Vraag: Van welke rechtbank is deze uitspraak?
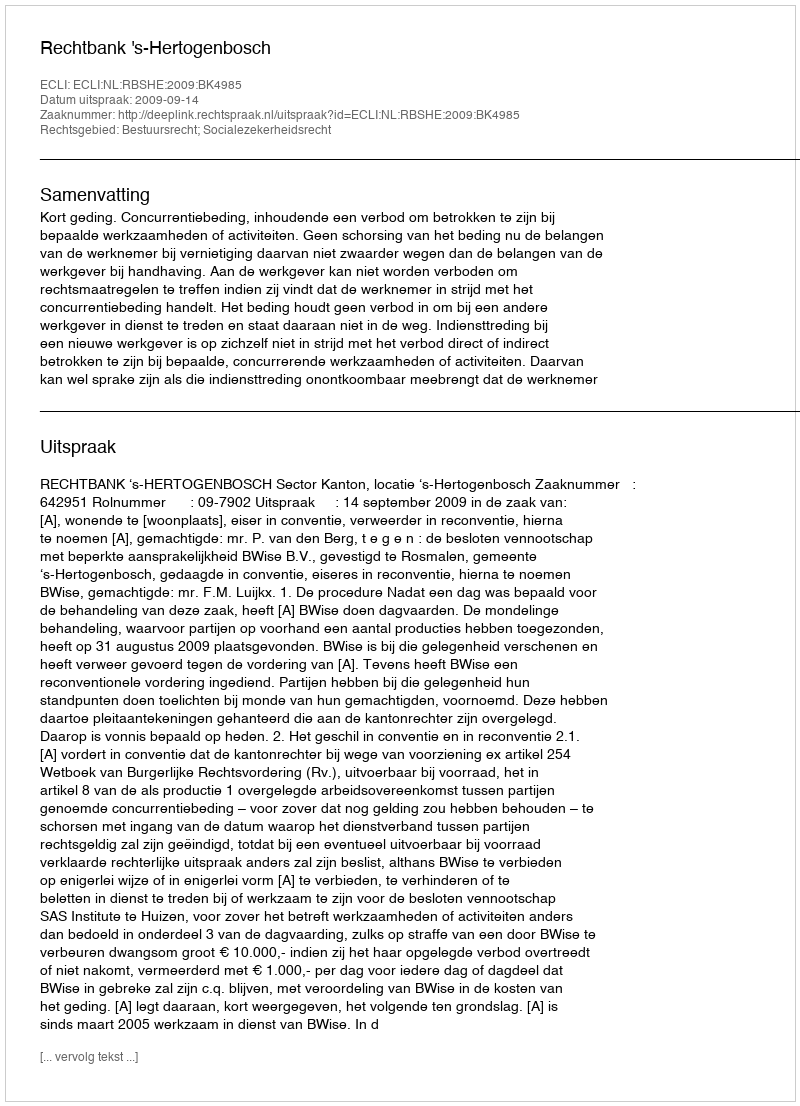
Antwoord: Rechtbank 's-Hertogenbosch